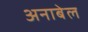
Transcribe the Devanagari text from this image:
अनाबेल